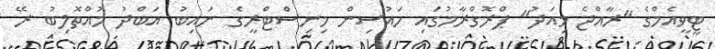
ޓީވީއެމްގެ "ރާއްޖެ މިއަދު" ޕްރޮގްރާމުގައި ހައުސިން މިނިސްޓްރީގެ ނައިބު އަބްދު މުއްތޮލިބު ރޭ